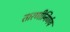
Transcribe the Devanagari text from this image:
तारणीनिर्णय